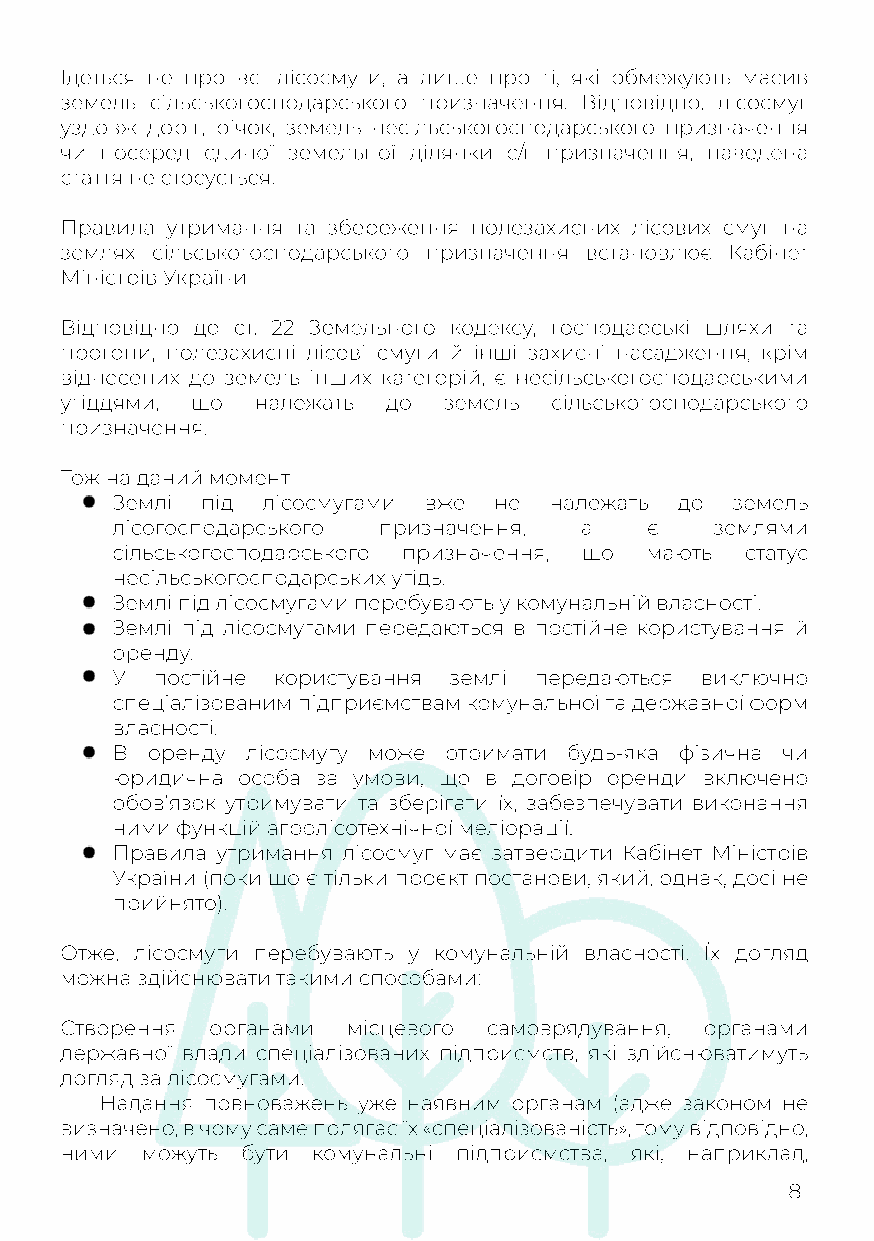
Ідеться не про всі лісосмуги, а лише про ті, які обмежують масив
 земель сільськогосподарського призначення. Відповідно, лісосмуг
 уздовж доріг, річок, земель несільськогосподарського призначення
 чи посеред єдиної земельної ділянки с/г призначення, наведена
 стаття не стосується.
 ППравила утримання та збереження полезахисних лісових смуг на
 землях сільськогосподарського призначення встановлює Кабінет
 Міністрів України.
 ВВііддппооввіідднноо до ст. 22 Земельного кодексу, господарські шляхи та
 прогони, полезахисні лісові смуги й інші захисні насадження, крім
 віднесених до земель інших категорій, є несільськогосподарськими
 угіддями, що належать до земель сільськогосподарського
 призначення.
 Тож на даний момент
 ЗЗееммлліі під лісосмугами вже не належать до земель
 лісогосподарського призначення, а   є   землями
 сільськогосподарського призначення, що мають статус
 несільськогосподарських угідь.
 Землі під лісосмугами перебувають у комунальній власності.
 Землі під лісосмугами передаються в постійне користування й
 оренду.
 УУ постійне користування землі передаються виключно
 спеціалізованим підприємствам комунальної та державної форм
 власності.
 В  оренду лісосмугу може отримати будь-яка фізична чи
 юридична особа за умови, що в договір оренди включено
 обов’язок утримувати та зберігати їх, забезпечувати виконання
 ними функцій агролісотехнічної меліорації.
 ППравила утримання лісосмуг має затвердити Кабінет Міністрів
 України (поки що є тільки проєкт постанови, який, однак, досі не
 прийнято).
 Отже, лісосмуги перебувають у комунальній власності. Їх догляд
 можна здійснювати такими способами:
 ССтворення органами місцевого самоврядування, органами
 державної влади спеціалізованих підприємств, які здійcнюватимуть
 догляд за лісосмугами.
 Надання повноважень уже наявним органам (адже законом не
 визначено, в чому саме полягає їх «спеціалізованість», тому відповідно,
 ними можуть бути комунальні підприємства, які, наприклад,
 8